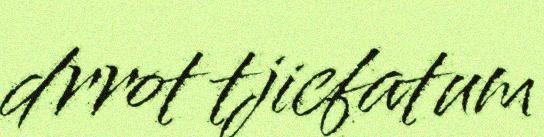
drrot tjicfatum